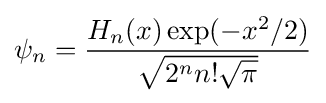
\psi _{n}={\frac {H_{n}(x)\exp(-x^{2}/2)}{\sqrt {2^{n}n!{\sqrt {\pi }}}}}